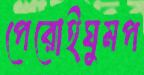
পেরোইঘুমপ